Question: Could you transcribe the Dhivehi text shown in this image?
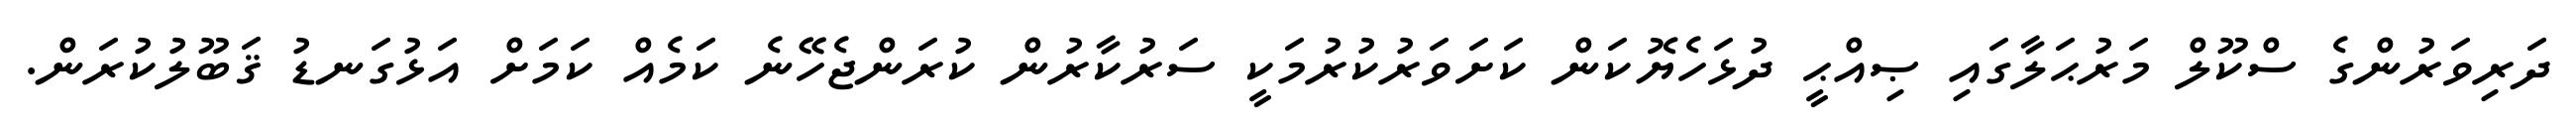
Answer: ދަރިވަރުންގެ ސްކޫލް މަރުޙަލާގައި ޞިއްޙީ ދުޅަހެޔޮކަން ކަށަވަރުކުރުމަކީ ސަރުކާރުން ކުރަންޖެހޭނެ ކަމެއް ކަމަށް އަޅުގަނޑު ޤަބޫލުކުރަން.